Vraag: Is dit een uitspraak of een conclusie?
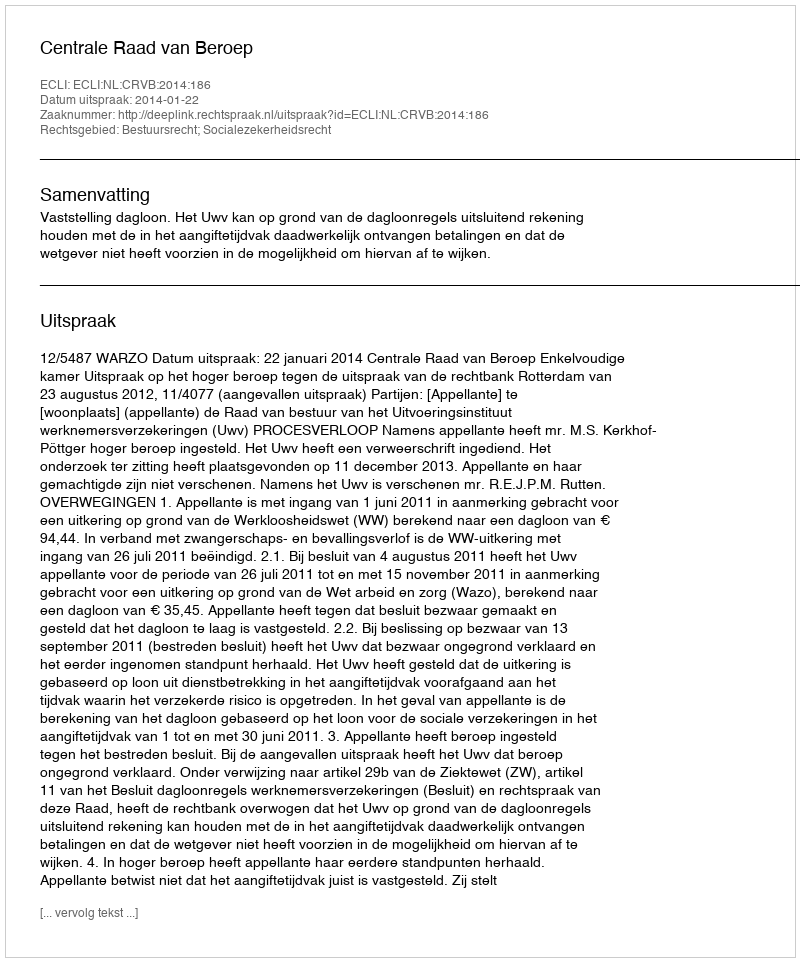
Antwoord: Uitspraak